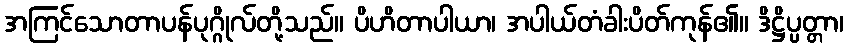
အကြင်သောတာပန်ပုဂ္ဂိုလ်တို့သည်။ ပိဟိတာပါယာ၊ အပါယ်တံခါးပိတ်ကုန်၏။ ဒိဋ္ဌိပ္ပတ္တာ၊